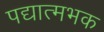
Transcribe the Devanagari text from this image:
पद्यात्मभक